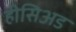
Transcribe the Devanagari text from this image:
हीसिअड